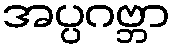
အပ္ပဂဗ္ဘာ